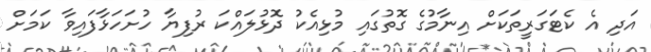
އަދި އެ ކެޓަގަރީތަކަށް އިނާމުގެ ގޮތުގައި މުޅިއެކު ދޮޅުލައްކަ ރުފިޔާ ހުށަހަޅާފައިވާ ކަމަށް